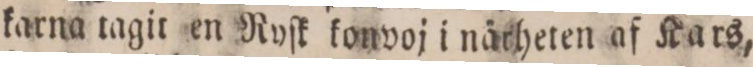
karna tagit en Ryſk konvoj i närheten af Kars,